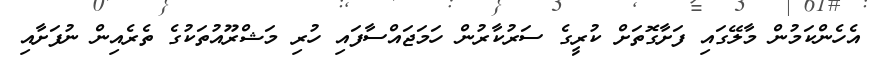
އެހެންކަމުން މާލޭގައި ފަށާގޮތަށް ކުރީގެ ސަރުކާރުން ހަމަޖައްސާފައި ހުރި މަޝްރޫއުތަކުގެ ތެރެއިން ނުފަށާއި